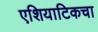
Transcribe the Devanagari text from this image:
एशियाटिकचा